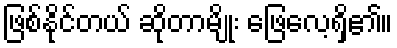
ဖြစ်နိုင်တယ် ဆိုတာမျိုး ဖြေလေ့ရှိ၏။